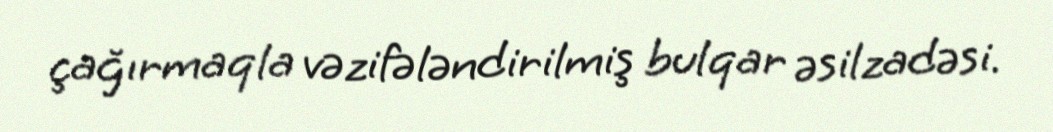
çağırmaqla vəzifələndirilmiş bulqar əsilzadəsi.